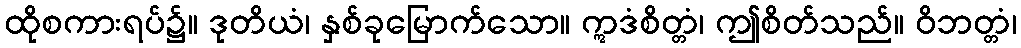
ထိုစကားရပ်၌။ ဒုတိယံ၊ နှစ်ခုမြောက်သော။ ဣဒံစိတ္တံ၊ ဤစိတ်သည်။ ဝိဘတ္တံ၊